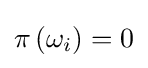
\pi \left(\omega _{i}\right)=0